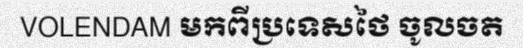
VOLENDAM មកពីប្រទេសថៃ ចូលចត